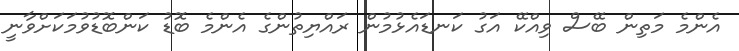
އެންމެ މަތިން ބޭސް ވިއްކޭ އަގު ކަނޑައެޅުމުން ރައްޔިތުންގެ އެންމެ ބޮޑު ކަންބޮޑުވުމަކަށްވާނީ